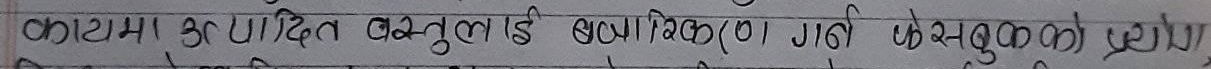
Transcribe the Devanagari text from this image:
काटामा उद्दित वस्तुलाई प्राथमिक (०) गती केसुको लागि प्रयोग।